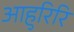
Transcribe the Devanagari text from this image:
आहुरिरि